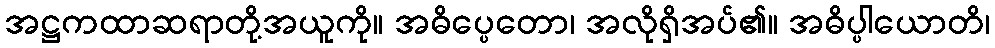
အဋ္ဌကထာဆရာတို့အယူကို။ အဓိပ္ပေတော၊ အလိုရှိအပ်၏။ အဓိပ္ပါယောတိ၊